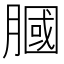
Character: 膕